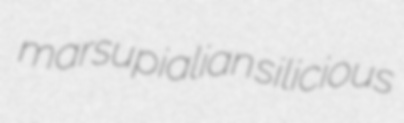
marsupialian silicious